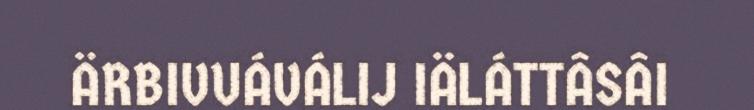
ÄRBIVUÁVÁLIJ IÄLÁTTÂSÂI